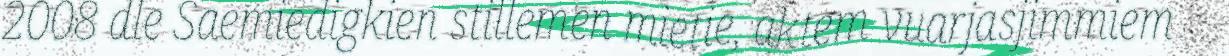
2008 dle Saemiedigkien stillemen mietie, aktem vuarjasjimmiem